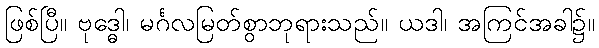
ဖြစ်ပြီ။ ဗုဒ္ဓေါ၊ မင်္ဂလမြတ်စွာဘုရားသည်။ ယဒါ၊ အကြင်အခါ၌။